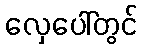
လှေပေါ်တွင်